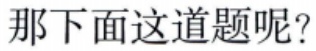
那下面这道题呢?